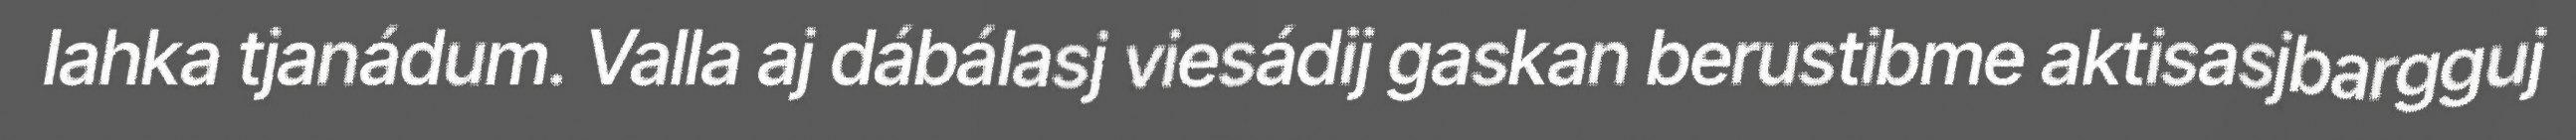
lahka tjanádum. Valla aj dábálasj viesádij gaskan berustibme aktisasjbargguj